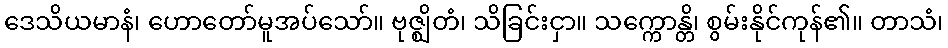
ဒေသိယမာနံ၊ ဟောတော်မူအပ်သော်။ ဗုဇ္ဈိတံ၊ သိခြင်းငှာ။ သက္ကောန္တိ၊ စွမ်းနိုင်ကုန်၏။ တာသံ၊